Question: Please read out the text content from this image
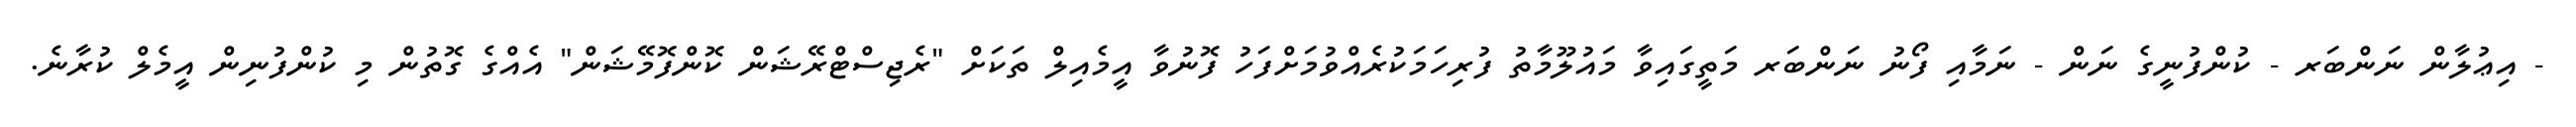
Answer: - އިޢުލާން ނަންބަރ - ކުންފުނީގެ ނަން - ނަމާއި ފޯނު ނަންބަރ މަތީގައިވާ މައުލޫމާތު ފުރިހަމަކުރެއްވުމަށްފަހު ފޮނުވާ އީމެއިލް ތަކަށް "ރެޖިސްޓްރޭޝަން ކޮންފޮމޭޝަން" އެއްގެ ގޮތުން މި ކުންފުނިން އީމެލް ކުރާނެ.